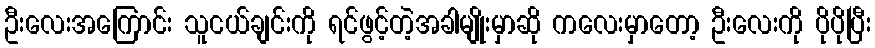
ဦးလေးအကြောင်း သူငယ်ချင်းကို ရင်ဖွင့်တဲ့အခါမျိုးမှာဆို ကလေးမှာတော့ ဦးလေးကို ပိုပိုပြီး